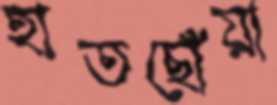
হাতছোঁয়া